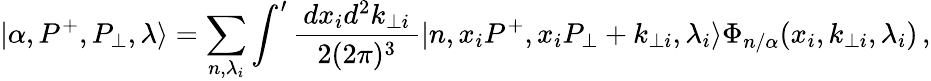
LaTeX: |\alpha,P^{+},P_{\bot},\lambda\rangle=\sum_{n,\lambda_{i}}\int^{\prime}\frac{\, dx_{i}d^{2}k_{\bot i}\, }{2(2\pi)^{3}}|n,x_{i}P^{+},x_{i}P_{\bot}+k_{\bot i},\lambda_{i}\rangle\Phi_{n/\alpha}(x_{i},k_{\bot i},\lambda_{i})\, ,